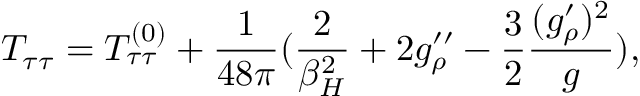
T _ { \tau \tau } = T _ { \tau \tau } ^ { ( 0 ) } + { \frac { 1 } { 4 8 \pi } } ( { \frac { 2 } { \beta _ { H } ^ { 2 } } } + 2 g _ { \rho } ^ { \prime \prime } - { \frac { 3 } { 2 } } { \frac { ( g _ { \rho } ^ { \prime } ) ^ { 2 } } { g } } ) ,